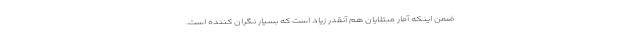
ضمن اینکه آمار مبتلایان هم آنقدر زیاد است که بسیار نگران کننده است.